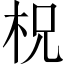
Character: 柷